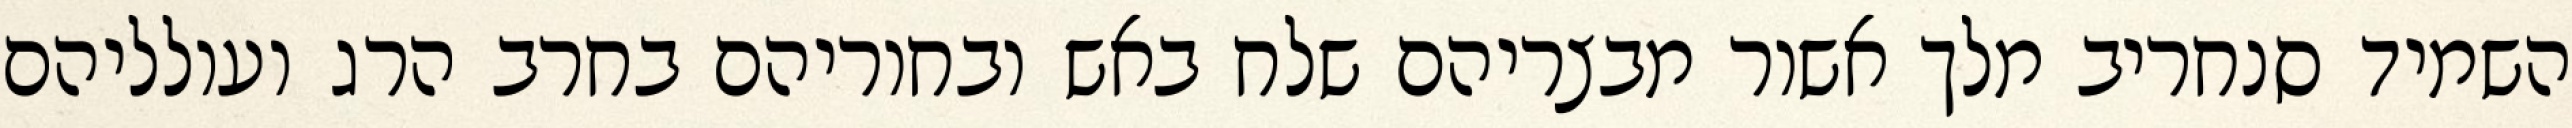
השמיד סנחריב מלך אשור מבצריהם שלח באש ובחוריהם בחרב הרג ועולליהם